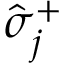
\hat { \sigma } _ { j } ^ { + }